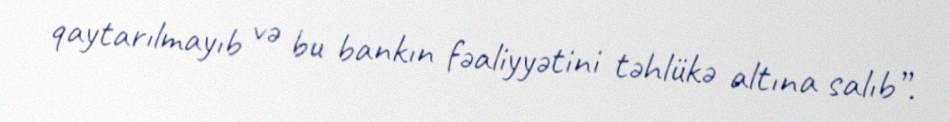
qaytarılmayıb və bu bankın fəaliyyətini təhlükə altına salıb”.